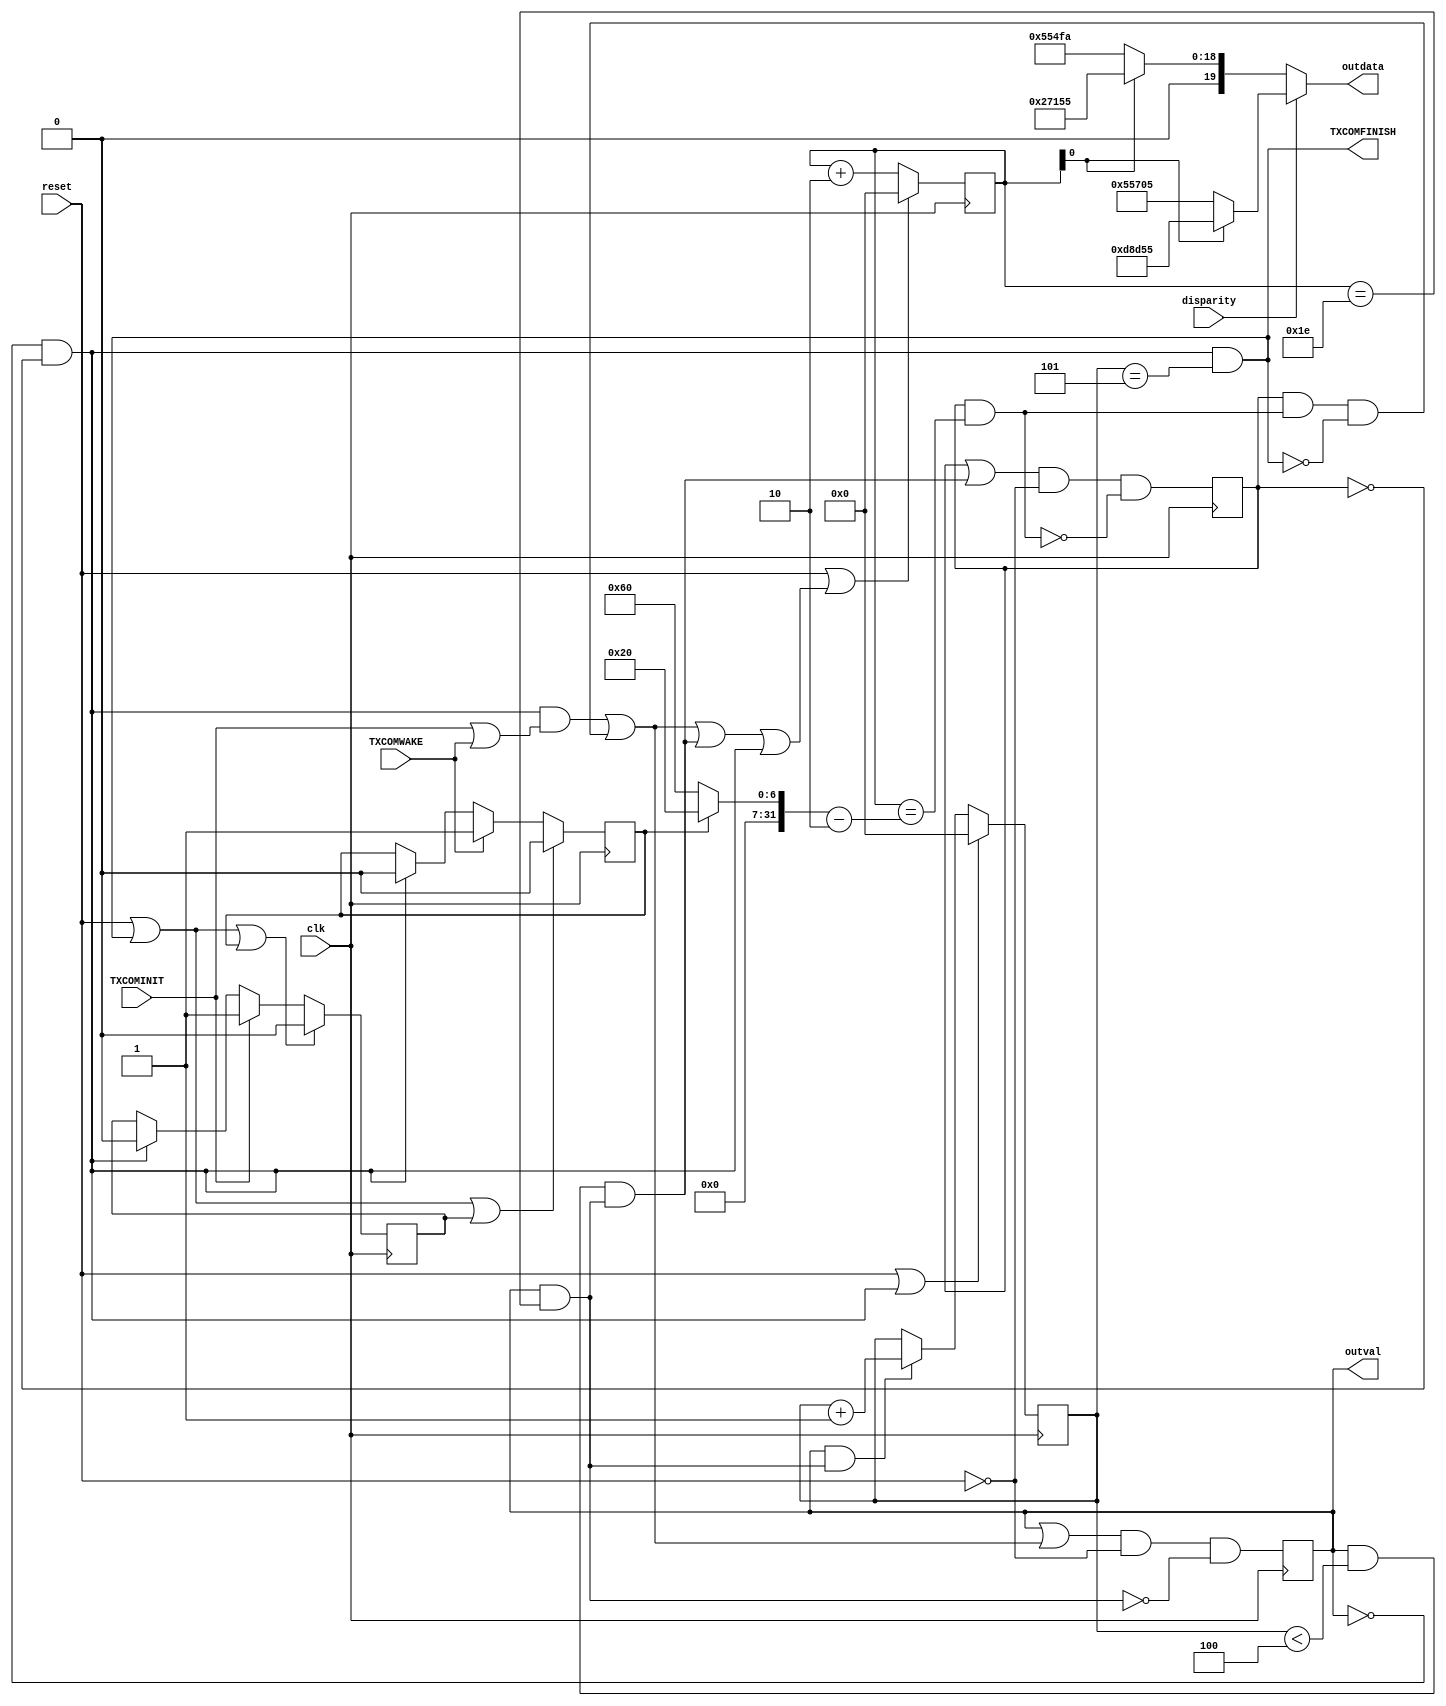
/*******************************************************************************
 * Module: gtxe2_chnl_tx_oob
 * Description: oob block implementation
 *
 * Copyright (c) 2015 Elphel, Inc.
 * gtxe2_chnl_tx_oob.v is free software; you can redistribute it and/or modify
 * it under the terms of the GNU General Public License as published by
 * the Free Software Foundation, either version 3 of the License, or
 * (at your option) any later version.
 *
 * gtxe2_chnl_tx_oob.v file is distributed in the hope that it will be useful,
 * but WITHOUT ANY WARRANTY; without even the implied warranty of
 * MERCHANTABILITY or FITNESS FOR A PARTICULAR PURPOSE.  See the
 * GNU General Public License for more details.
 *
 * You should have received a copy of the GNU General Public License
 * along with this program.  If not, see <http://www.gnu.org/licenses/> .
 *******************************************************************************/
module gtxe2_chnl_tx_oob #(
    parameter width = 20
)
(
// top-level ifaces
    input   wire                    TXCOMINIT,
    input   wire                    TXCOMWAKE,
    output  wire                    TXCOMFINISH,

// internal ifaces
    input   wire                    clk,
    input   wire                    reset,
    input   wire                    disparity,
    output  wire    [width - 1:0]   outdata,
    output  wire                    outval
);
parameter   [3:0]   SATA_BURST_SEQ_LEN = 4'b0101;
parameter           SATA_CPLL_CFG = "VCO_3000MHZ";

localparam  burst_len_mult  = SATA_CPLL_CFG == "VCO_3000MHZ" ? 2 // assuming each usrclk cycle == 20 sata serial clk cycles
                            : SATA_CPLL_CFG == "VCO_1500MHZ" ? 4 
                            : /*                VCO_6000MHZ */ 1;
localparam  burst_len       = /*burst_len_mult * 8*/ 32; // = 106.7ns; each burst contains 16 SATA Gen1 words
localparam  quiet_len_init  = burst_len * 3; // = 320ns
localparam  quiet_len_wake  = burst_len; // = 106.7ns
localparam  init_bursts_cnt = SATA_BURST_SEQ_LEN;//3;
localparam  wake_bursts_cnt = SATA_BURST_SEQ_LEN;//5;

reg     [31:0]  bursts_cnt;
reg     [31:0]  stopwatch;
wire            stopwatch_clr;
wire            bursts_cnt_inc;
wire            bursts_cnt_clr;
wire    [31:0]  quiet_len;

// FSM Declarations
reg     state_burst;
reg     state_quiet;
wire    state_idle;

wire    set_burst;
wire    set_quiet;
wire    clr_burst;
wire    clr_quiet;

// remember what command was issued
reg             issued_init;
reg             issued_wake;

always @ (posedge clk)
begin
    issued_init <= reset | TXCOMFINISH | issued_wake ? 1'b0 : TXCOMINIT ? 1'b1 : state_idle ? 1'b0 : issued_init;
    issued_wake <= reset | TXCOMFINISH | issued_init ? 1'b0 : TXCOMWAKE ? 1'b1 : state_idle ? 1'b0 : issued_wake;
end

wire    [31:0]  bursts_cnt_togo;
assign  bursts_cnt_togo = issued_wake ? wake_bursts_cnt : init_bursts_cnt ;

// FSM

assign  state_idle = ~state_burst & ~state_quiet;
always @ (posedge clk)
begin
    state_burst <= (state_burst | set_burst) & ~reset & ~clr_burst;
    state_quiet <= (state_quiet | set_quiet) & ~reset & ~clr_quiet;
end

assign  set_burst = state_idle & (TXCOMINIT | TXCOMWAKE) | state_quiet & clr_quiet & ~TXCOMFINISH;
assign  set_quiet = state_burst & (bursts_cnt < bursts_cnt_togo - 1) & clr_burst;

assign  clr_burst = state_burst & stopwatch == (burst_len - burst_len_mult);
assign  clr_quiet = state_quiet & stopwatch == (quiet_len - burst_len_mult);

// bursts timing
assign  quiet_len = issued_wake ? quiet_len_wake : quiet_len_init;
assign  stopwatch_clr = set_burst | set_quiet | state_idle;
always @ (posedge clk)
    stopwatch   <= reset | stopwatch_clr ? 0 : stopwatch + burst_len_mult;

// total bursts count
assign  bursts_cnt_clr = state_idle;
assign  bursts_cnt_inc = state_burst & clr_burst;
always @ (posedge clk)
    bursts_cnt  <= reset | bursts_cnt_clr ? 0 : bursts_cnt_inc ? bursts_cnt + 1 : bursts_cnt;

// data to serializer
// only datawidth = 20 is supported for now
wire    [width - 1:0]   outdata_pos;
wire    [width - 1:0]   outdata_neg;
// outdata = {Align2 + Align1}, disparity always flips
assign  outdata_pos = stopwatch[0] == 1'b0 ? {10'b0101010101, 10'b1100000101}
                                           : {10'b1101100011, 10'b0101010101};
assign  outdata_neg = stopwatch[0] == 1'b0 ? {10'b0101010101, 10'b0011111010}
                                           : {10'b0010011100, 10'b0101010101};
assign  outdata     = disparity ? outdata_pos : outdata_neg;
assign  outval      = state_burst;

assign  TXCOMFINISH = bursts_cnt_clr & bursts_cnt == bursts_cnt_togo;

endmodule